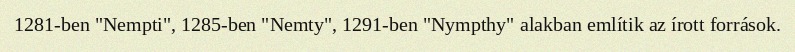
1281-ben "Nempti", 1285-ben "Nemty", 1291-ben "Nympthy" alakban említik az írott források.